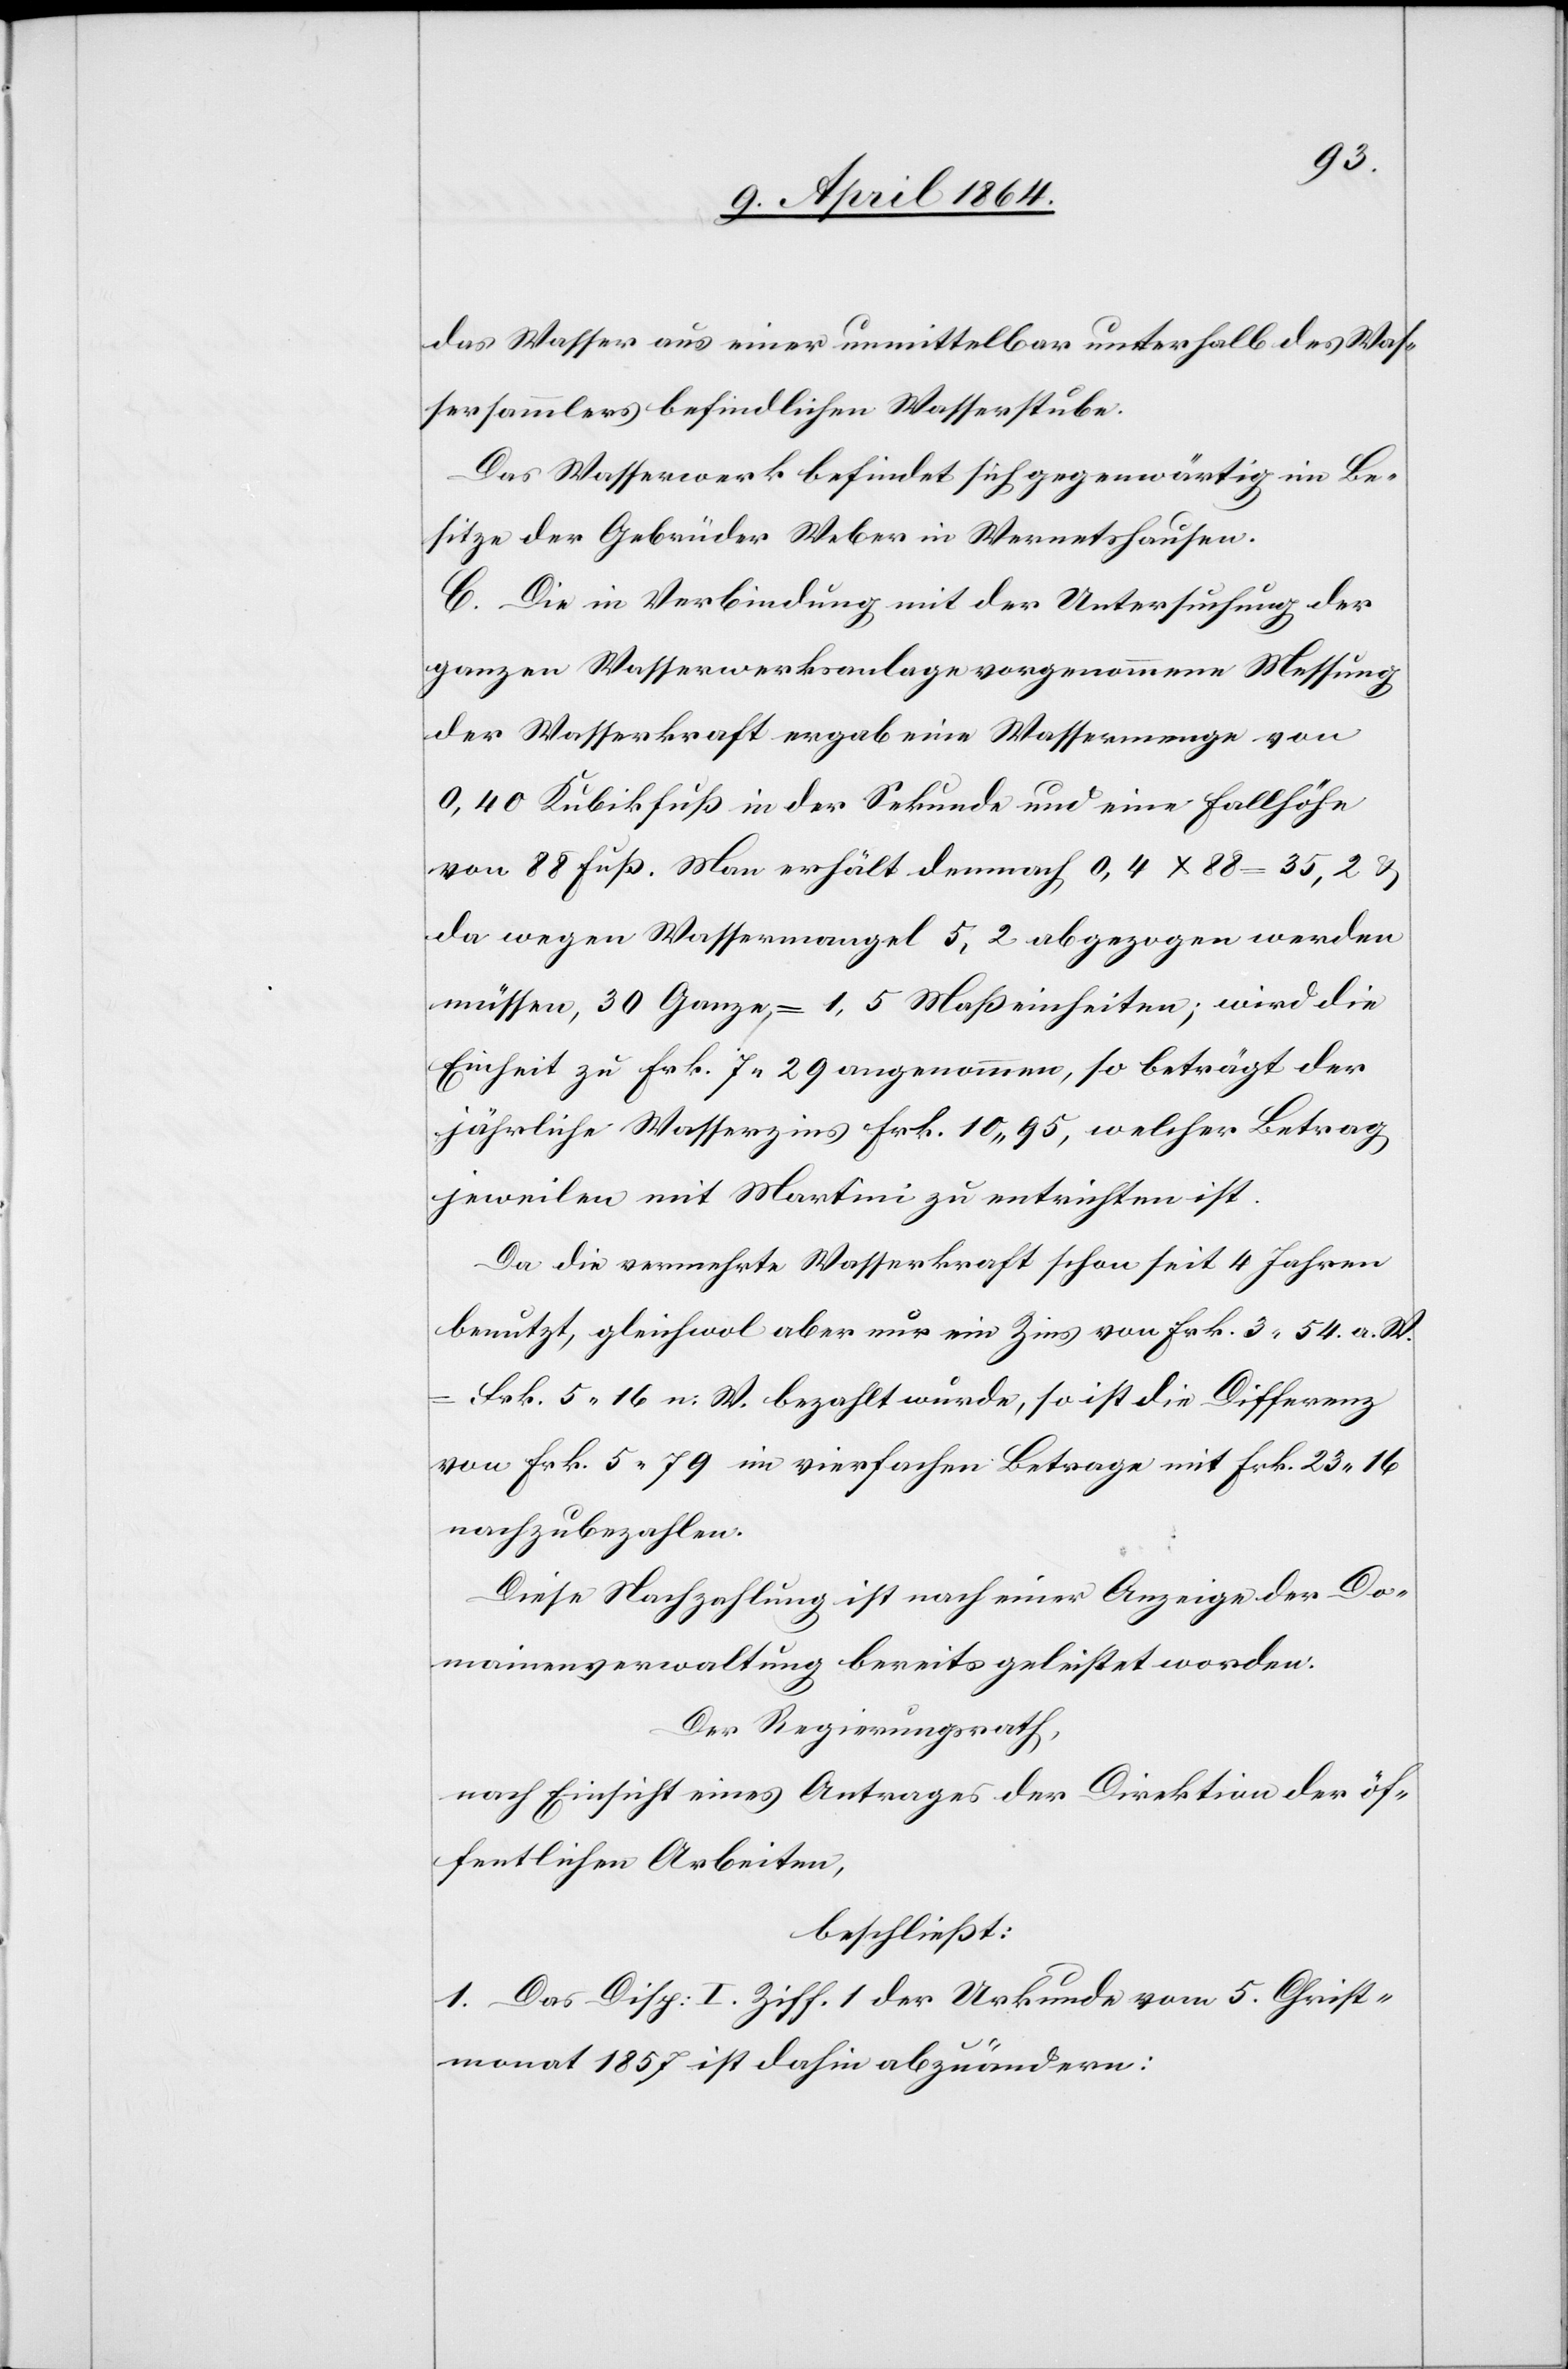
das Wasser aus einer unmittelbar unterhalb des Was¬
sersammlers befindlichen Wasserstube.
Das Wasserwerk befindet sich gegenwärtig im Be¬
sitze der Gebrüder Weber in Wernetshausen.
C. Die in Verbindung mit der Untersuchung der
ganzen Wasserwerksanlage vorgenommene Messung
der Wasserkraft ergab eine Wassermenge von
0,40 Kubikfuß in der Sekunde und eine Fallhöhe
von 88 Fuß. Man erhält demnach 0,4 x 88 = 35,2 u.
da wegen Wassermangel 5,2 abgezogen werden
müssen, 30 Ganze = 1,5 Maßeinheiten; wird die
Einheit zu Frk. 7 29 angenommen, so beträgt der
jährliche Wasserzins Frk. 10 95, welcher Betrag
jeweilen mit Martini zu entrichten ist.
Da die vermehrte Wasserkraft schon seit 4 Jahren
benutzt, gleichwol aber nur ein Zins von Frk. 3 54 a. W.
Frk. 5 16 n. W. bezahlt wurde, so ist die Differenz
von Frk. 5 79 im vierfachen Betrage mit Frk. 23 16
nachzubezahlen.
Diese Nachzahlung ist nach einer Anzeige der Do¬
mainenverwaltung bereits geleistet worden.
Der Regierungsrath,
nach Einsicht eines Antrages der Direktion der öf¬
fentlichen Arbeiten,
beschließt:
1. Das [sic!] Disp. I. Ziff. 1 der Urkunde vom 5. Christ¬
monat 1857 ist dahin abzuändern: